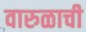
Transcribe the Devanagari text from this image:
वारुळाची